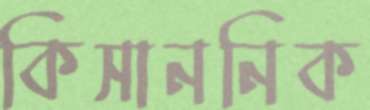
কিসাননিক